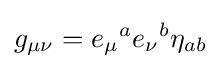
g_{\mu \nu }={e_{\mu }}^{a}{e_{\nu }}^{b}\eta _{ab}